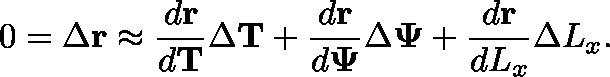
0 = \Delta \mathbf { r } \approx \frac { d \mathbf { r } } { d \mathbf { T } } \Delta \mathbf { T } + \frac { d \mathbf { r } } { d \mathbf { \Psi } } \Delta \mathbf { \Psi } + \frac { d \mathbf { r } } { d L _ { x } } \Delta L _ { x } .